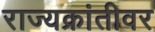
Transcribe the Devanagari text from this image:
राज्यक्रांतीवर